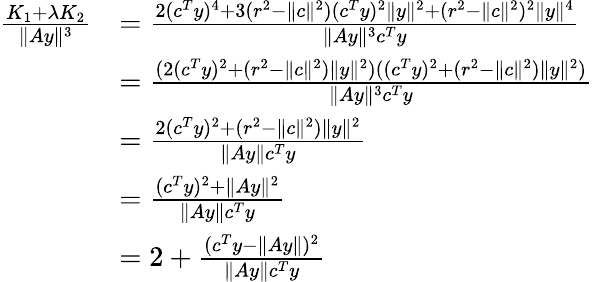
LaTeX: \begin{array}{rl}{\frac{K_{1}+\lambda K_{2}}{\| Ay\| ^{3}}}&{=\frac{2(c^{T}y)^{4}+3(r^{2}-\| c\| ^{2})(c^{T}y)^{2}\| y\| ^{2}+(r^{2}-\| c\| ^{2})^{2}\| y\| ^{4}}{\| Ay\| ^{3}c^{T}y}}\\ &{=\frac{(2(c^{T}y)^{2}+(r^{2}-\| c\| ^{2})\| y\| ^{2})((c^{T}y)^{2}+(r^{2}-\| c\| ^{2})\| y\| ^{2})}{\| Ay\| ^{3}c^{T}y}}\\ &{=\frac{2(c^{T}y)^{2}+(r^{2}-\| c\| ^{2})\| y\| ^{2}}{\| Ay\| c^{T}y}}\\ &{=\frac{(c^{T}y)^{2}+\| Ay\| ^{2}}{\| Ay\| c^{T}y}}\\ &{=2+\frac{(c^{T}y-\| Ay\| )^{2}}{\| Ay\| c^{T}y}}\end{array}